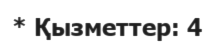
* Қызметтер: 4